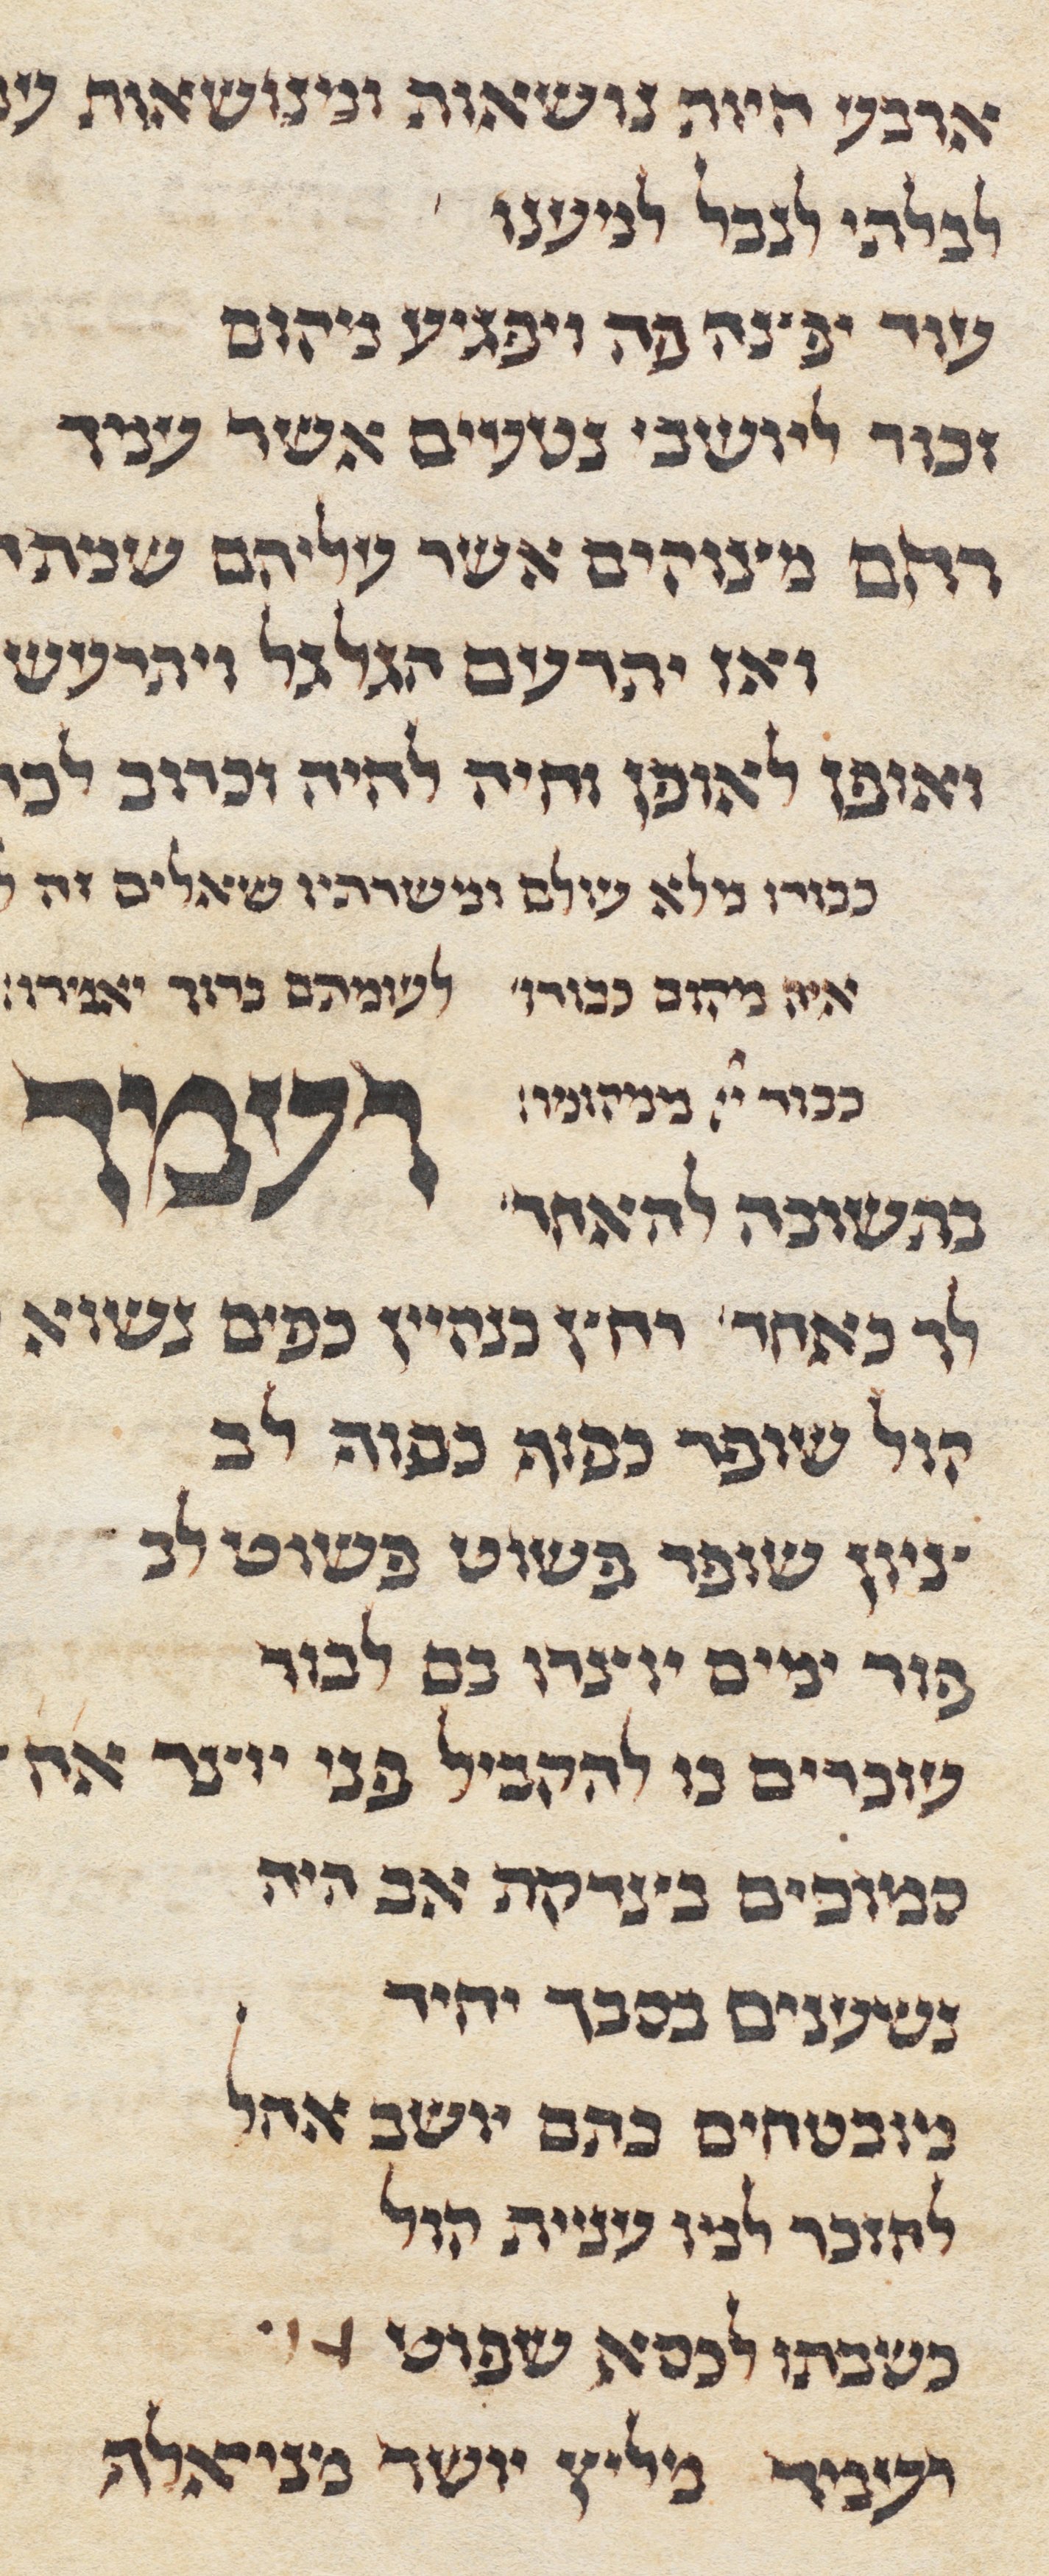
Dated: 1285–1315